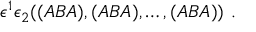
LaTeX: \epsilon ^ { 1 } \epsilon _ { 2 } ( ( A B A ) , ( A B A ) , \dots , ( A B A ) ) \ .